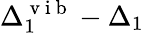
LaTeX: \Delta_{1}^{\mathrm{~v~i~b~}}-\Delta_{1}